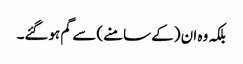
بلکہ وہ ان (کے سامنے) سے گم ہوگئے۔